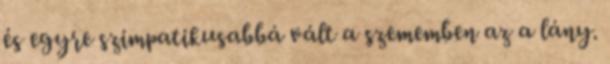
és egyre szimpatikusabbá vált a szememben az a lány.